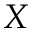
X